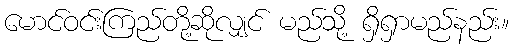
မောင်ဝင်းကြည်တို့ဆိုလျှင် မည်သို့ ရှိရှာမည်နည်း။